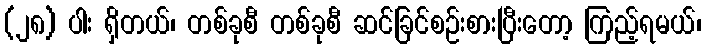
(၂၈) ပါး ရှိတယ်၊ တစ်ခုစီ တစ်ခုစီ ဆင်ခြင်စဉ်းစားပြီးတော့ ကြည့်ရမယ်၊